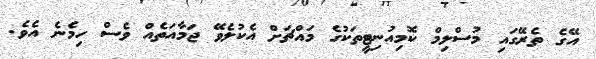
އޭގެ ތެރޭގައި މުސްލިމް ކޮމިއުނިޓީތަކުގެ މައްޗަށް އެކުލެވޭ ޖަމާއަތެއް ވެސް ހިމެނެ އެވެ.